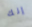
إنك